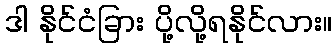
ဒါ နိုင်ငံခြား ပို့လို့ရနိုင်လား။